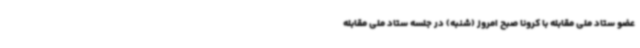
عضو ستاد ملی مقابله با کرونا صبح امروز (شنبه) در جلسه ستاد ملی مقابله